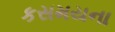
કસમયના